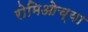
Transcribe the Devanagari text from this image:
रोमिओच्या